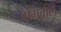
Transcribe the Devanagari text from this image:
ओमवाले